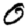
Digit: 0